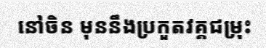
នៅចិន មុននឹងប្រកួតវគ្គជម្រុះ